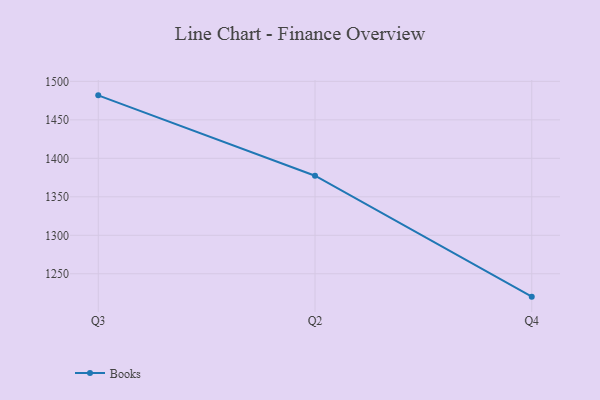
{"axis": {"x": "Quarter", "y": "Shipments"}, "legend": ["Books"], "data": [{"x": "Q3", "y": 1481.8, "type": "Books"}, {"x": "Q2", "y": 1377.4, "type": "Books"}, {"x": "Q4", "y": 1220.3, "type": "Books"}]}